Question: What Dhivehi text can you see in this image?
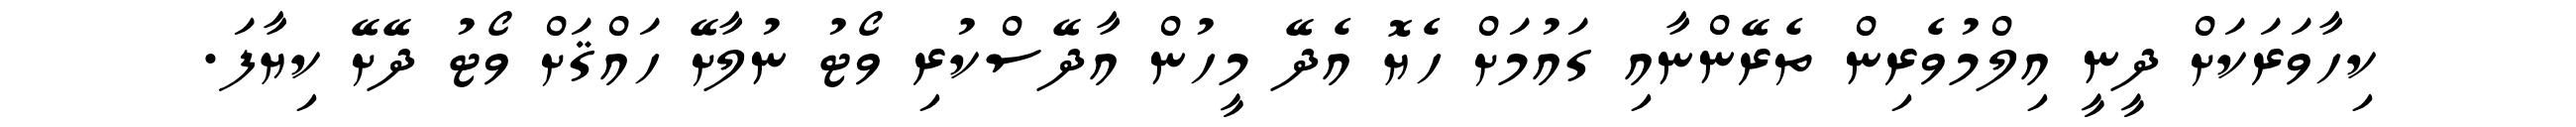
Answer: ކިހާވަރަކަށް ދީނީ އިލްމުވެރިން ތެރޭންނާއި ގައުމަށް ހެޔޮ އެދޭ މީހުން އާދޭސްކުރި ވޯޓު ނުލާށޭ ހައްޤަށް ވޯޓު ދޭށޭ ކިޔާފަ.